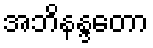
အဘိနန္ဒတော